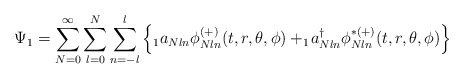
\begin{align*}\Psi_1=\sum_{N=0}^{\infty}\sum_{l=0}^{N}\sum_{n=-l}^{l}\left\{ _1a_{N l n}\phi^{(+)}_{N l n}(t,r,\theta,\phi) + _1\! a_{N ln}^{\dagger}\phi^{\ast(+)}_{N l n}(t,r,\theta,\phi)\right\}\end{align*}